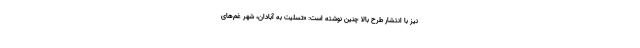
نیز با انتشار طرح بالا چنین نوشته است: «تسلیت به آبادان، شهر غم‌های